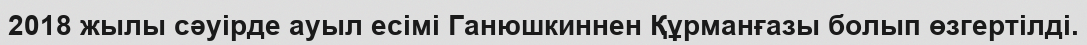
2018 жылы сәуірде ауыл есімі Ганюшкиннен Құрманғазы болып өзгертілді.